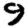
Digit: 9